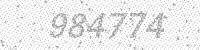
Solution: 984774